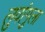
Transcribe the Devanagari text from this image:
लुवांगुला